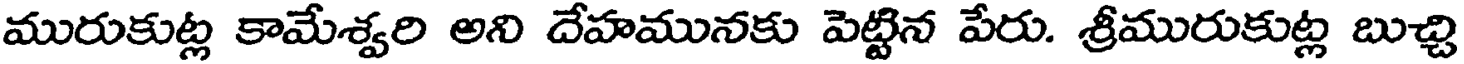
మురుకుట్ల కామేశ్వరి అని దేహమునకు పెట్టిన పేరు. శ్రీమురుకుట్ల బుచ్చి